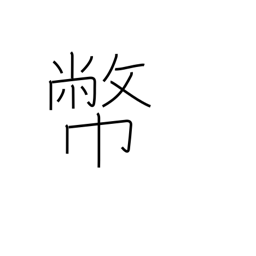
Meaning: gift